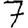
Digit: 7